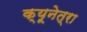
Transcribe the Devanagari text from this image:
क्यूनेत्रा